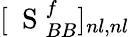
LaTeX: [\mathrm{~\mathbf~S~}_{BB}^{f}]_{nl,nl}